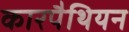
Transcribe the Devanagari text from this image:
कारपैथियन